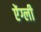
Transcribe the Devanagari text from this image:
ऐंग्ली